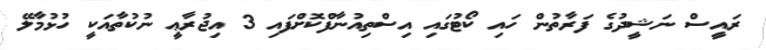
ރައީސް ނަޝީދުގެ ފަރާތުން ހައި ކޯޓުގައި އިސްތިއުނާފްކޮށްފައި 3 އިޖުރާޢީ ނުކުތާއަކީ ހުޅުމާލޭ